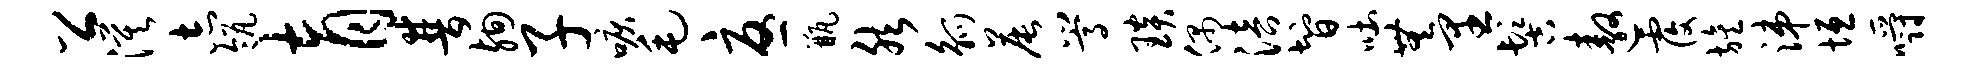
公漠志瓴育普殉子唳毛忧瓶然觚晨嵩琰偶涪智吐无里髻遨覆旌涕垣嚼